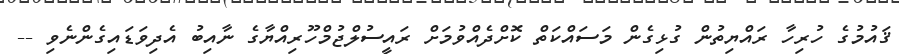
ޤައުމުގެ ހުރިހާ ރައްޔިތުން ގުޅިގެން މަސައްކަތް ކޮށްދެއްވުމަށް ރައީސުލްޖުމްހޫރިއްޔާގެ ނާއިބު އެދިވަޑައިގެންނެވި --